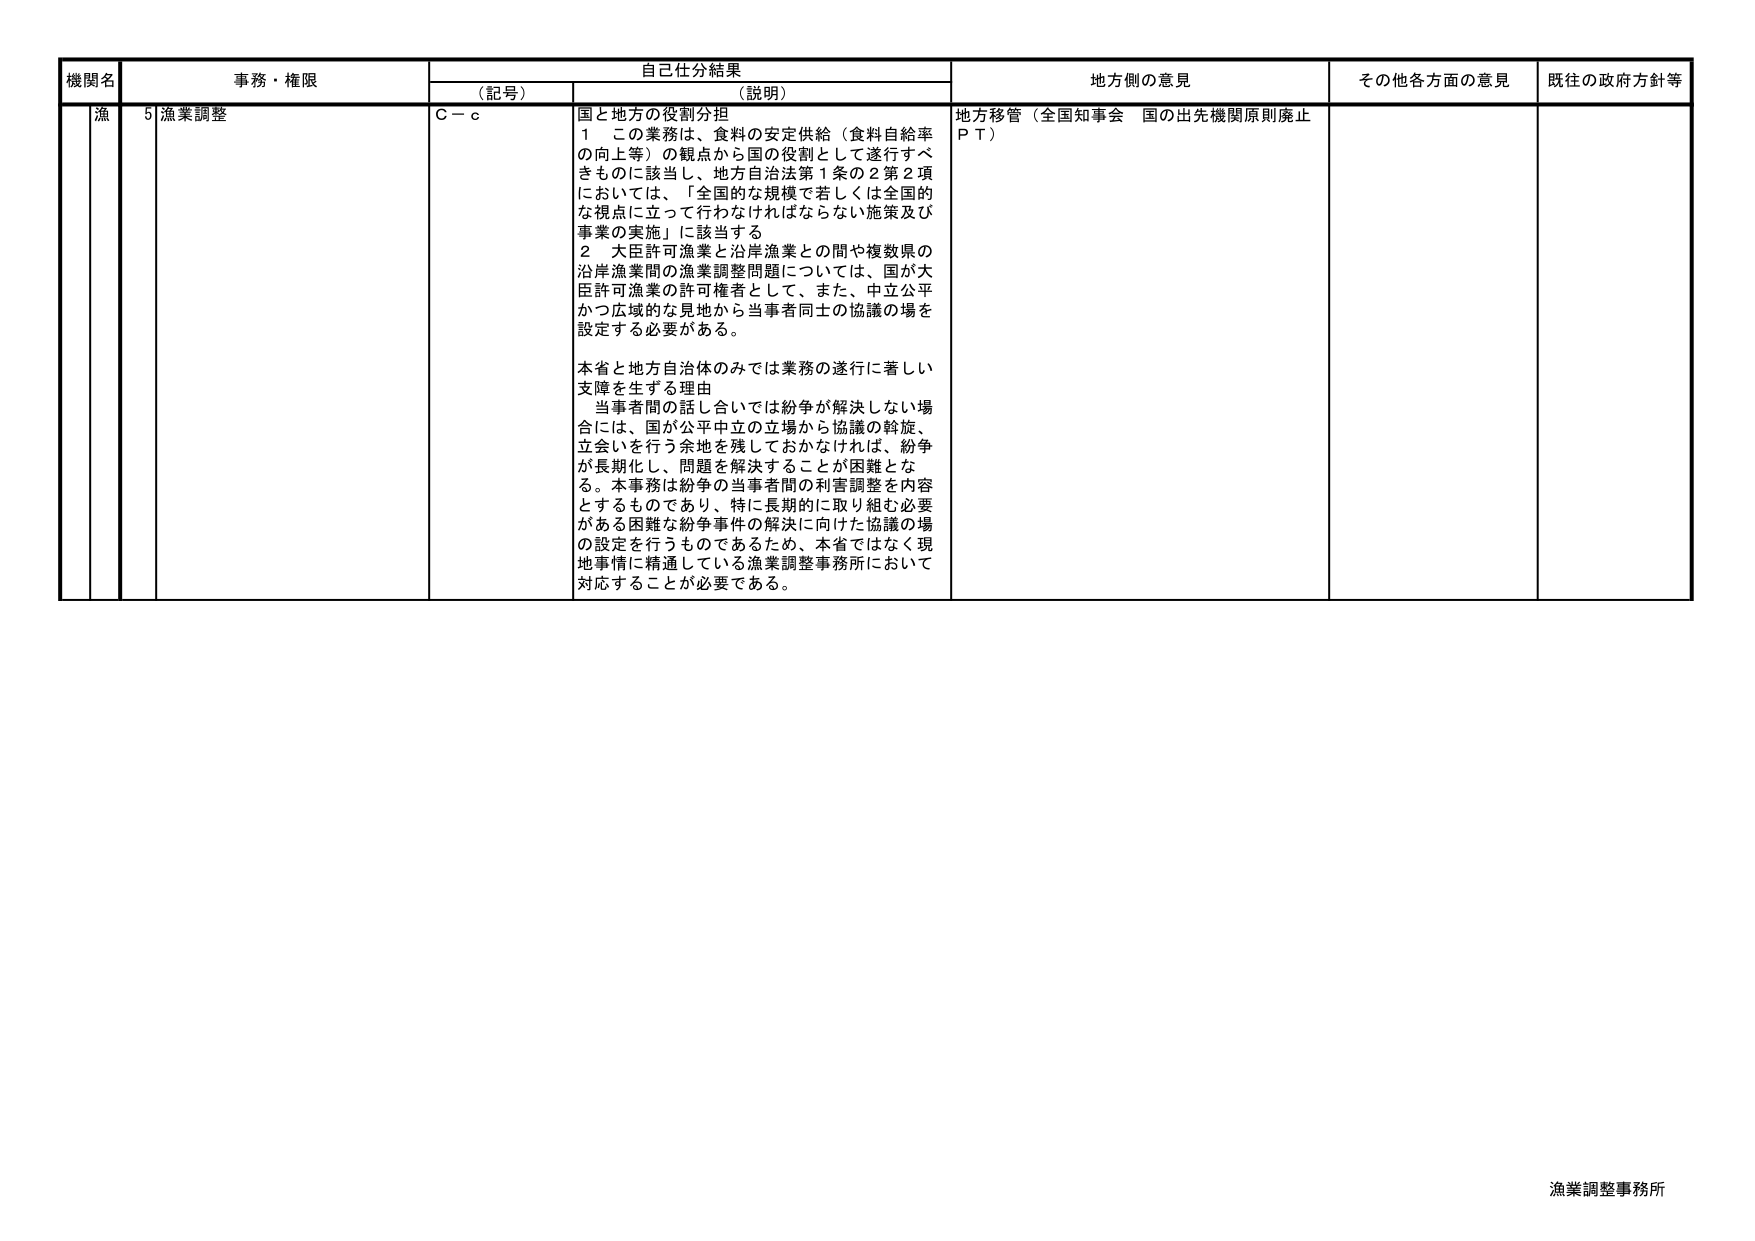
機関名　事務・権限　自己仕分結果　地方側の意見　その他各方面の意見　既往の政府方針等
（記号）　（説明）
漁　5 漁業調整　C－c　国と地方の役割分担
1　この業務は、食料の安定供給（食料自給率の向上等）の観点から国の役割として遂行すべきものに該当し、地方自治法第1条の2第2項においては、「全国的な規模で若しくは全国的な視点に立って行わなければならない施策及び事業の実施」に該当する
2　大臣許可漁業と沿岸漁業との間や複数県の沿岸漁業間の漁業調整問題については、国が大臣許可漁業の許可権者として、また、中立公平かつ広域的な見地から当事者同士の協議の場を設定する必要がある。
本省と地方自治体のみでは業務の遂行に著しい支障を生ずる理由
当事者間の話し合いでは紛争が解決しない場合には、国が公平中立の立場から協議の斡旋、立会いを行う余地を残しておかなければ、紛争が長期化し、問題を解決することが困難となる。本事務は紛争の当事者間の利害調整を内容とするものであり、特に長期的に取り組む必要がある困難な紛争事件の解決に向けた協議の場の設定を行うものであるため、本省ではなく現地事情に精通している漁業調整事務所において対応することが必要である。
地方移管（全国知事会　国の出先機関原則廃止ＰＴ）
漁業調整事務所